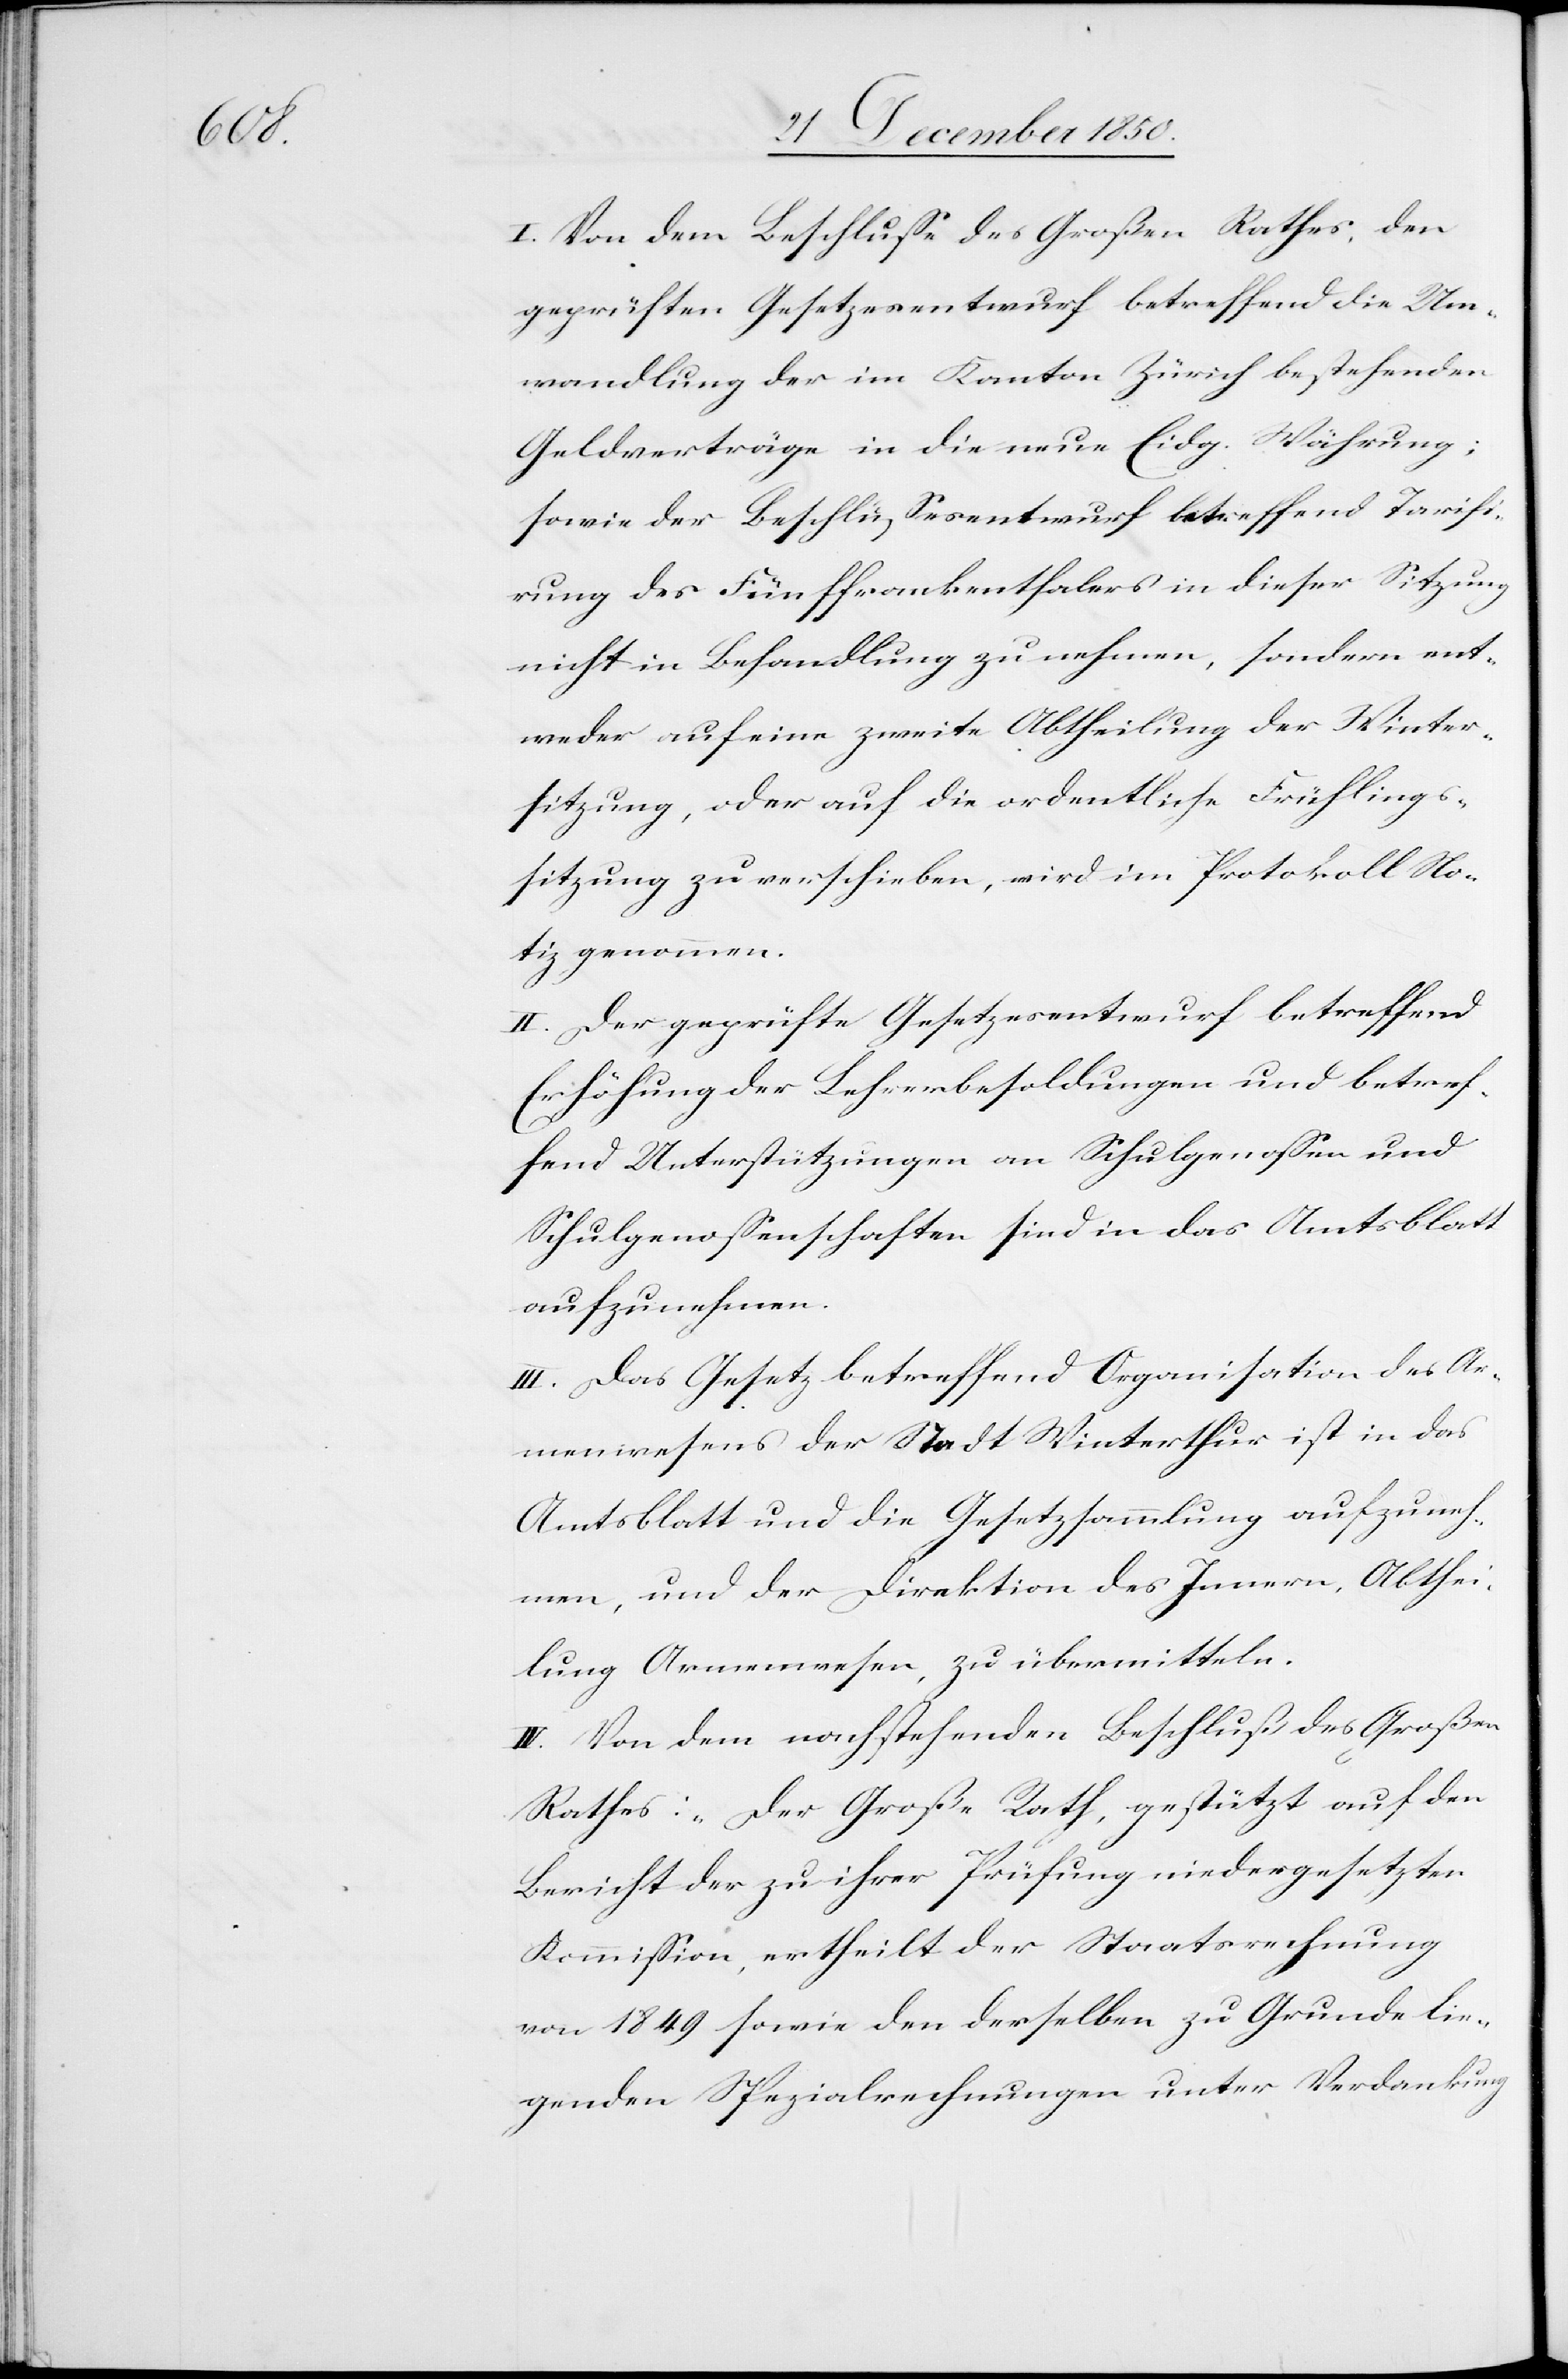
I. Von dem Beschlusse des Großen Rathes, den
geprüften Gesetzesentwurf betreffend die Um¬
wandlung der im Kanton Zürich bestehenden
Geldverträge in die neue Eidg. Währung;
sowie der Beschlussesentwurf betreffend Tarifi¬
rung des Fünffrankenthalers in dieser Sitzung
nicht in Behandlung zu nehmen, sondern ent¬
weder auf eine zweite Abtheilung der Winter¬
sitzung, oder auf die ordentliche Frühlings¬
sitzung zu verschieben, wird im Protokoll No¬
tiz genommen.
II. Der geprüfte Gesetzesentwurf betreffend
Erhöhung der Lehrerbesoldungen und betref¬
fend Unterstützungen an Schulgenossen und
Schulgenossenschaften sind in das Amtsblatt
aufzunehmen.
III. Das Gesetz betreffend Organisation des Ar¬
menwesens der Stadt Winterthur ist in das
Amtsblatt und die Gesetzsammlung aufzuneh¬
men, und der Direktion des Innern, Abthei¬
lung Armenwesen, zu übermitteln.
IV. Von dem nachstehenden Beschluß des Großen
Rathes: „Der Große Rath, gestützt auf den
Bericht der zu ihrer Prüfung niedergesetzten
Kommission, ertheilt der Staatsrechnung
von 1849 sowie den derselben zu Grunde lie¬
genden Spezialrechnungen unter Verdankung